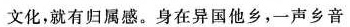
文化，就有归属感。身在异国他乡，一声乡音